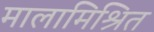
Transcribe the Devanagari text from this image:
मालामिश्रित